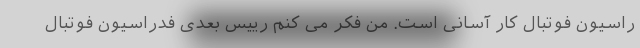
راسیون فوتبال کار آسانی است. من فکر می کنم رییس بعدی فدراسیون فوتبال